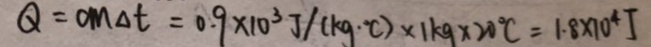
Q = c m _ { \Delta } t = 0 . 9 \times 1 0 ^ { 3 } J / ( k g \cdot ^ { \circ } C ) \times 1 k g \times 2 0 ^ { \circ } = 1 . 8 \cdot 1 0 ^ { 4 } J